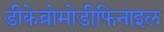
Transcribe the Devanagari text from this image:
डीकेब्रोमोडीफिनाइल